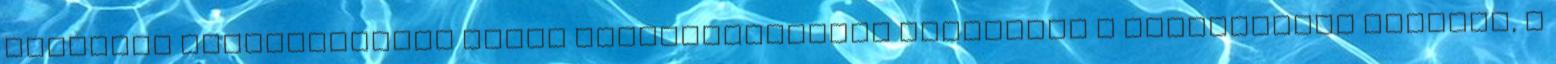
Központi Vezetőségének tagja bányászgyűlésen ismerteti a kommunisták terveit, a